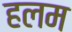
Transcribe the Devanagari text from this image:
हलम